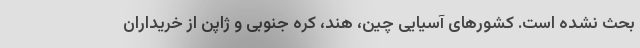
بحث نشده است. کشورهای آسیایی چین، هند، کره جنوبی و ژاپن از خریداران